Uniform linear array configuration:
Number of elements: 24
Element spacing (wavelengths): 0.25
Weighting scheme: hann
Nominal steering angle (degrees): -15
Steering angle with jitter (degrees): -16.523
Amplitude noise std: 0.05
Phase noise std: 0.05

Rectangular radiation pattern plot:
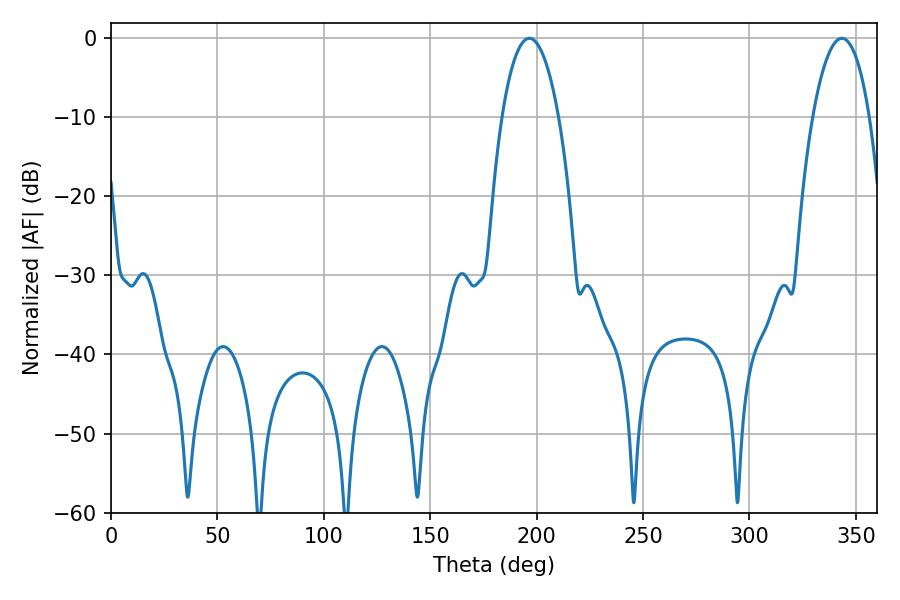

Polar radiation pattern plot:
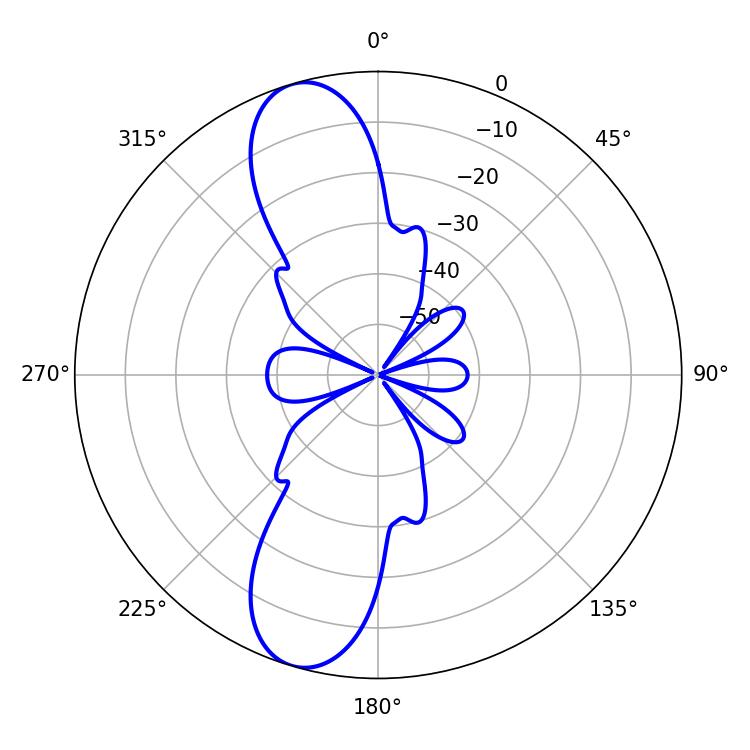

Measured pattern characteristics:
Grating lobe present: FALSE
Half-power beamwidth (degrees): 14.76
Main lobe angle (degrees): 196.56